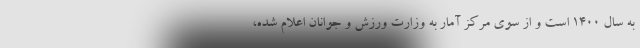
به سال ۱۴۰۰ است و از سوی مرکز آمار به وزارت ورزش و جوانان اعلام شده،